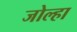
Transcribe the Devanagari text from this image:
जोल्हा